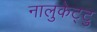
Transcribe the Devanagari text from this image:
नालुकेट्टु